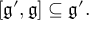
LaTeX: [ { \mathfrak { g ^ { \prime } } } , { \mathfrak { g } } ] \subseteq { \mathfrak { g ^ { \prime } } } .